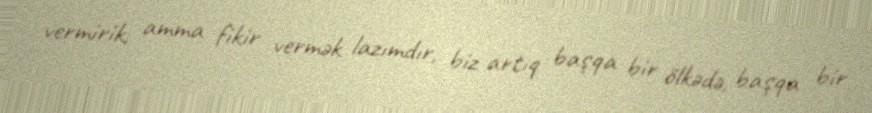
vermirik, amma fikir vermək lazımdır, biz artıq başqa bir ölkədə, başqa bir